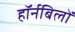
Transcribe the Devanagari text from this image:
हॉर्नबिलों